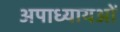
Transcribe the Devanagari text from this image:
अपाध्यायओं